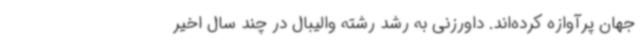
جهان پرآوازه کرده‌اند. داورزنی به رشد رشته والیبال در چند سال اخیر